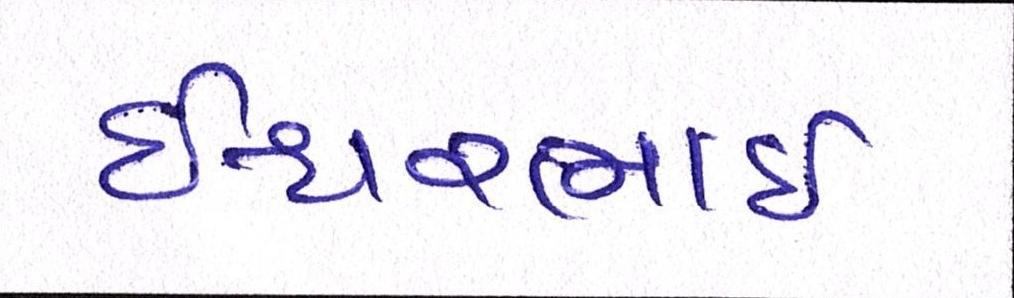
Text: ઇશ્વરભાઇ